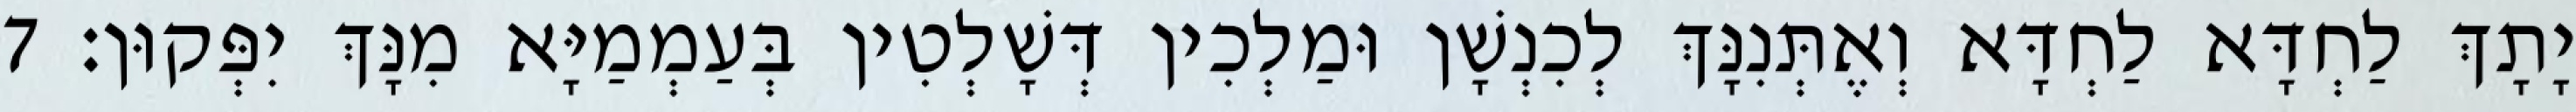
יָתָךְ לַחְדָּא לַחְדָּא וְאֶתְּנִנָּךְ לְכִנְשָׁן וּמַלְכִין דְּשָׁלְטִין בְּעַמְמַיָּא מִנָּךְ יִפְּקוּן׃ 7